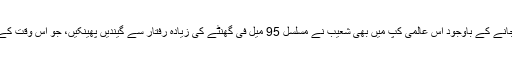
حیران کن بات یہ ہے کہ باؤلنگ ایکشن کی تبدیلی اور 35 سال کی عمر ہوجانے کے باوجود اس عالمی کپ میں بھی شعیب نے مسلسل 95 میل فی گھنٹے کی زیادہ رفتار سے گیندیں پھینکیں، جو اس وقت کے اور آج کے بھی اچھے بھلے نوجوانوں کے بس کی بات نہیں دکھائی دیتی۔